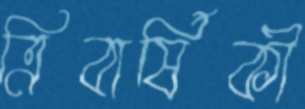
ত্রিবার্ষিকী